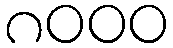
၈၀၀၀